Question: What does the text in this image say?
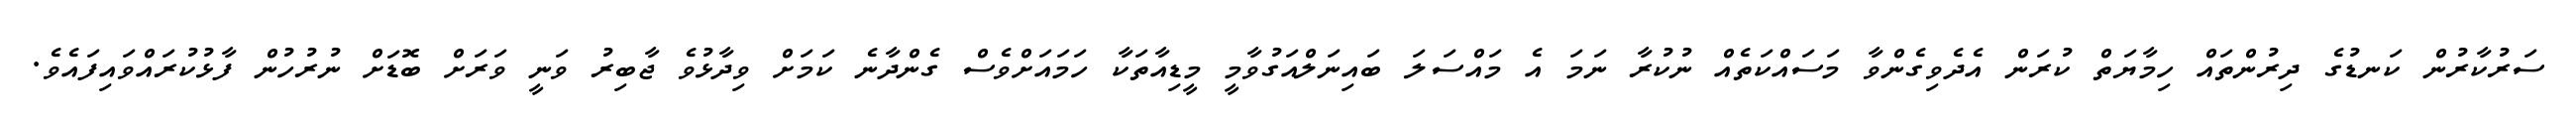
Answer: ސަރުކާރުން ކަނޑުގެ ދިރުންތައް ހިމާޔަތް ކުރަން އެދެވިގެންވާ މަސައްކަތެއް ނުކުރާ ނަމަ އެ މައްސަލަ ބައިނަލްއަގުވާމީ މީޑިއާތަކާ ހަމައަށްވެސް ގެންދާނެ ކަމަށް ވިދާޅުވެ ޖާބިރު ވަނީ ވަރަށް ބޮޑަށް ނުރުހުން ފާޅުކުރައްވައިފައެވެ.